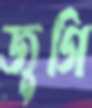
জুগি